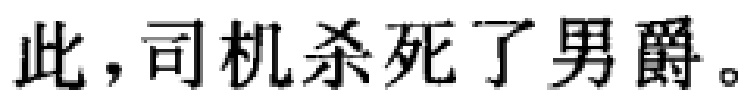
此，司机杀死了男爵。